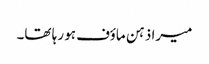
میرا ذہن ماؤف ہو رہا تھا۔